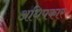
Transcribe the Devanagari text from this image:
अधिपकार